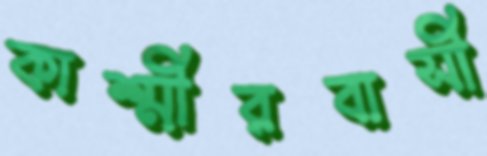
কাশ্মীরবাসী